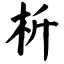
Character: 析